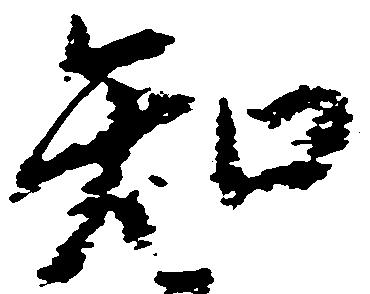
知